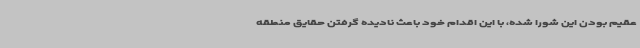
عقیم بودن این شورا شده، با این اقدام خود باعث نادیده گرفتن حقایق منطقه